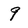
Character: 9